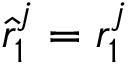
\hat { r } _ { 1 } ^ { j } = r _ { 1 } ^ { j }